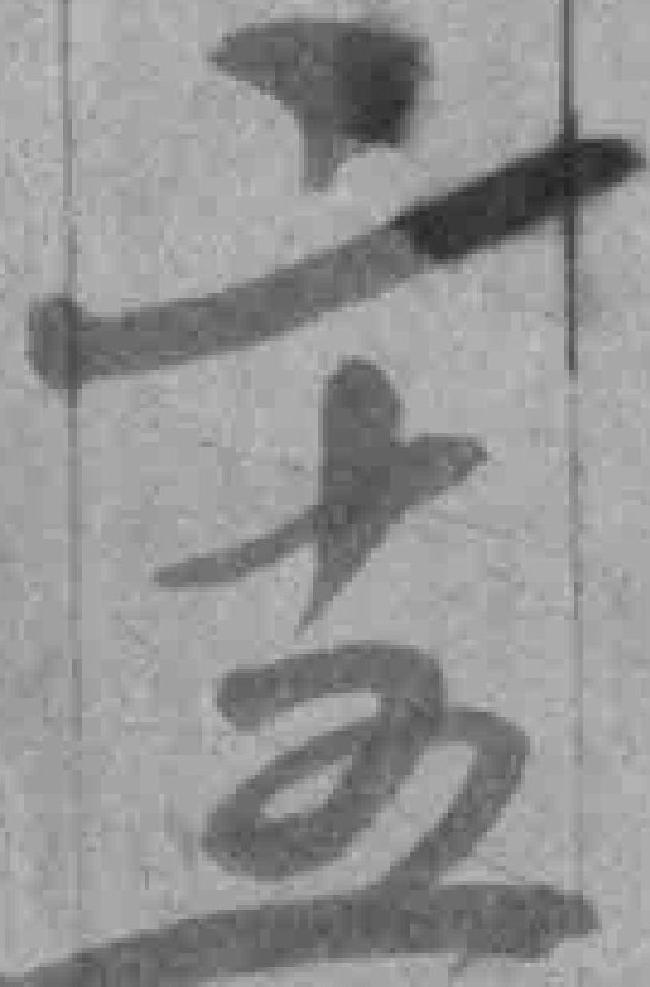
二十五